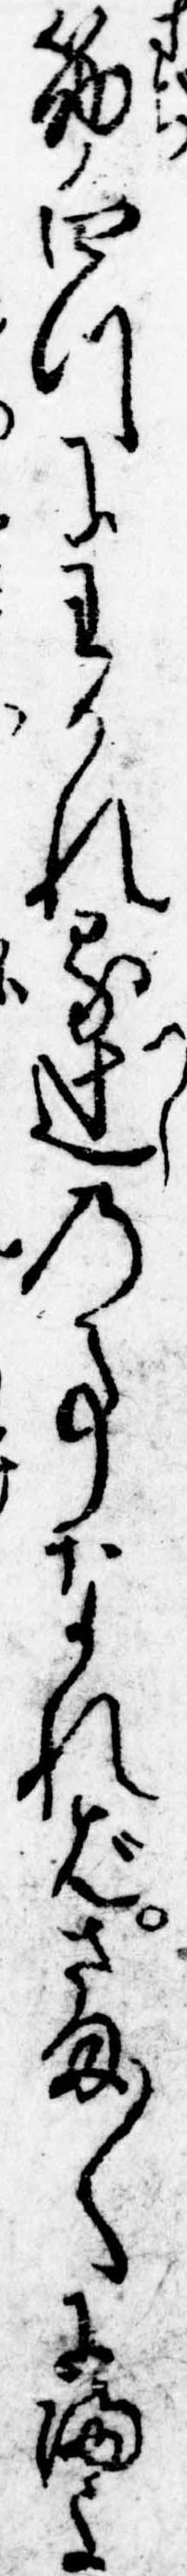
筋四つにわかれる辻の事なればさま〱にまよ